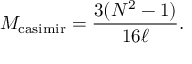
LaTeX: M _ { \mathrm { c a s i m i r } } = { \frac { 3 ( N ^ { 2 } - 1 ) } { 1 6 \ell } } .